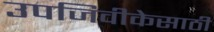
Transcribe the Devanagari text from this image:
उपजिवीकेसाठी